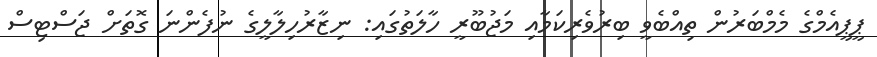
ޕީޕީއެމްގެ މެމްބަރުން ތިއްބެވީ ބިރުވެރިކަމާއި މަޖުބޫރީ ހާލަތުގައި: ނިޒާރުހިލާލީގެ ނުފެންނަ ގޮތަށް ޖަސްޓިސް